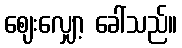
ဈေးလျှော့ ခေါ်သည်။